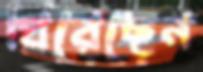
ঘিরেছেন